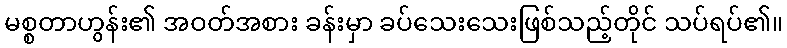
မစ္စတာဟွန်း၏ အဝတ်အစား ခန်းမှာ ခပ်သေးသေးဖြစ်သည့်တိုင် သပ်ရပ်၏။